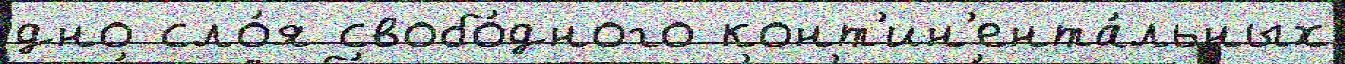
дно сло́я свобо́дного конт'ин'ента́льных